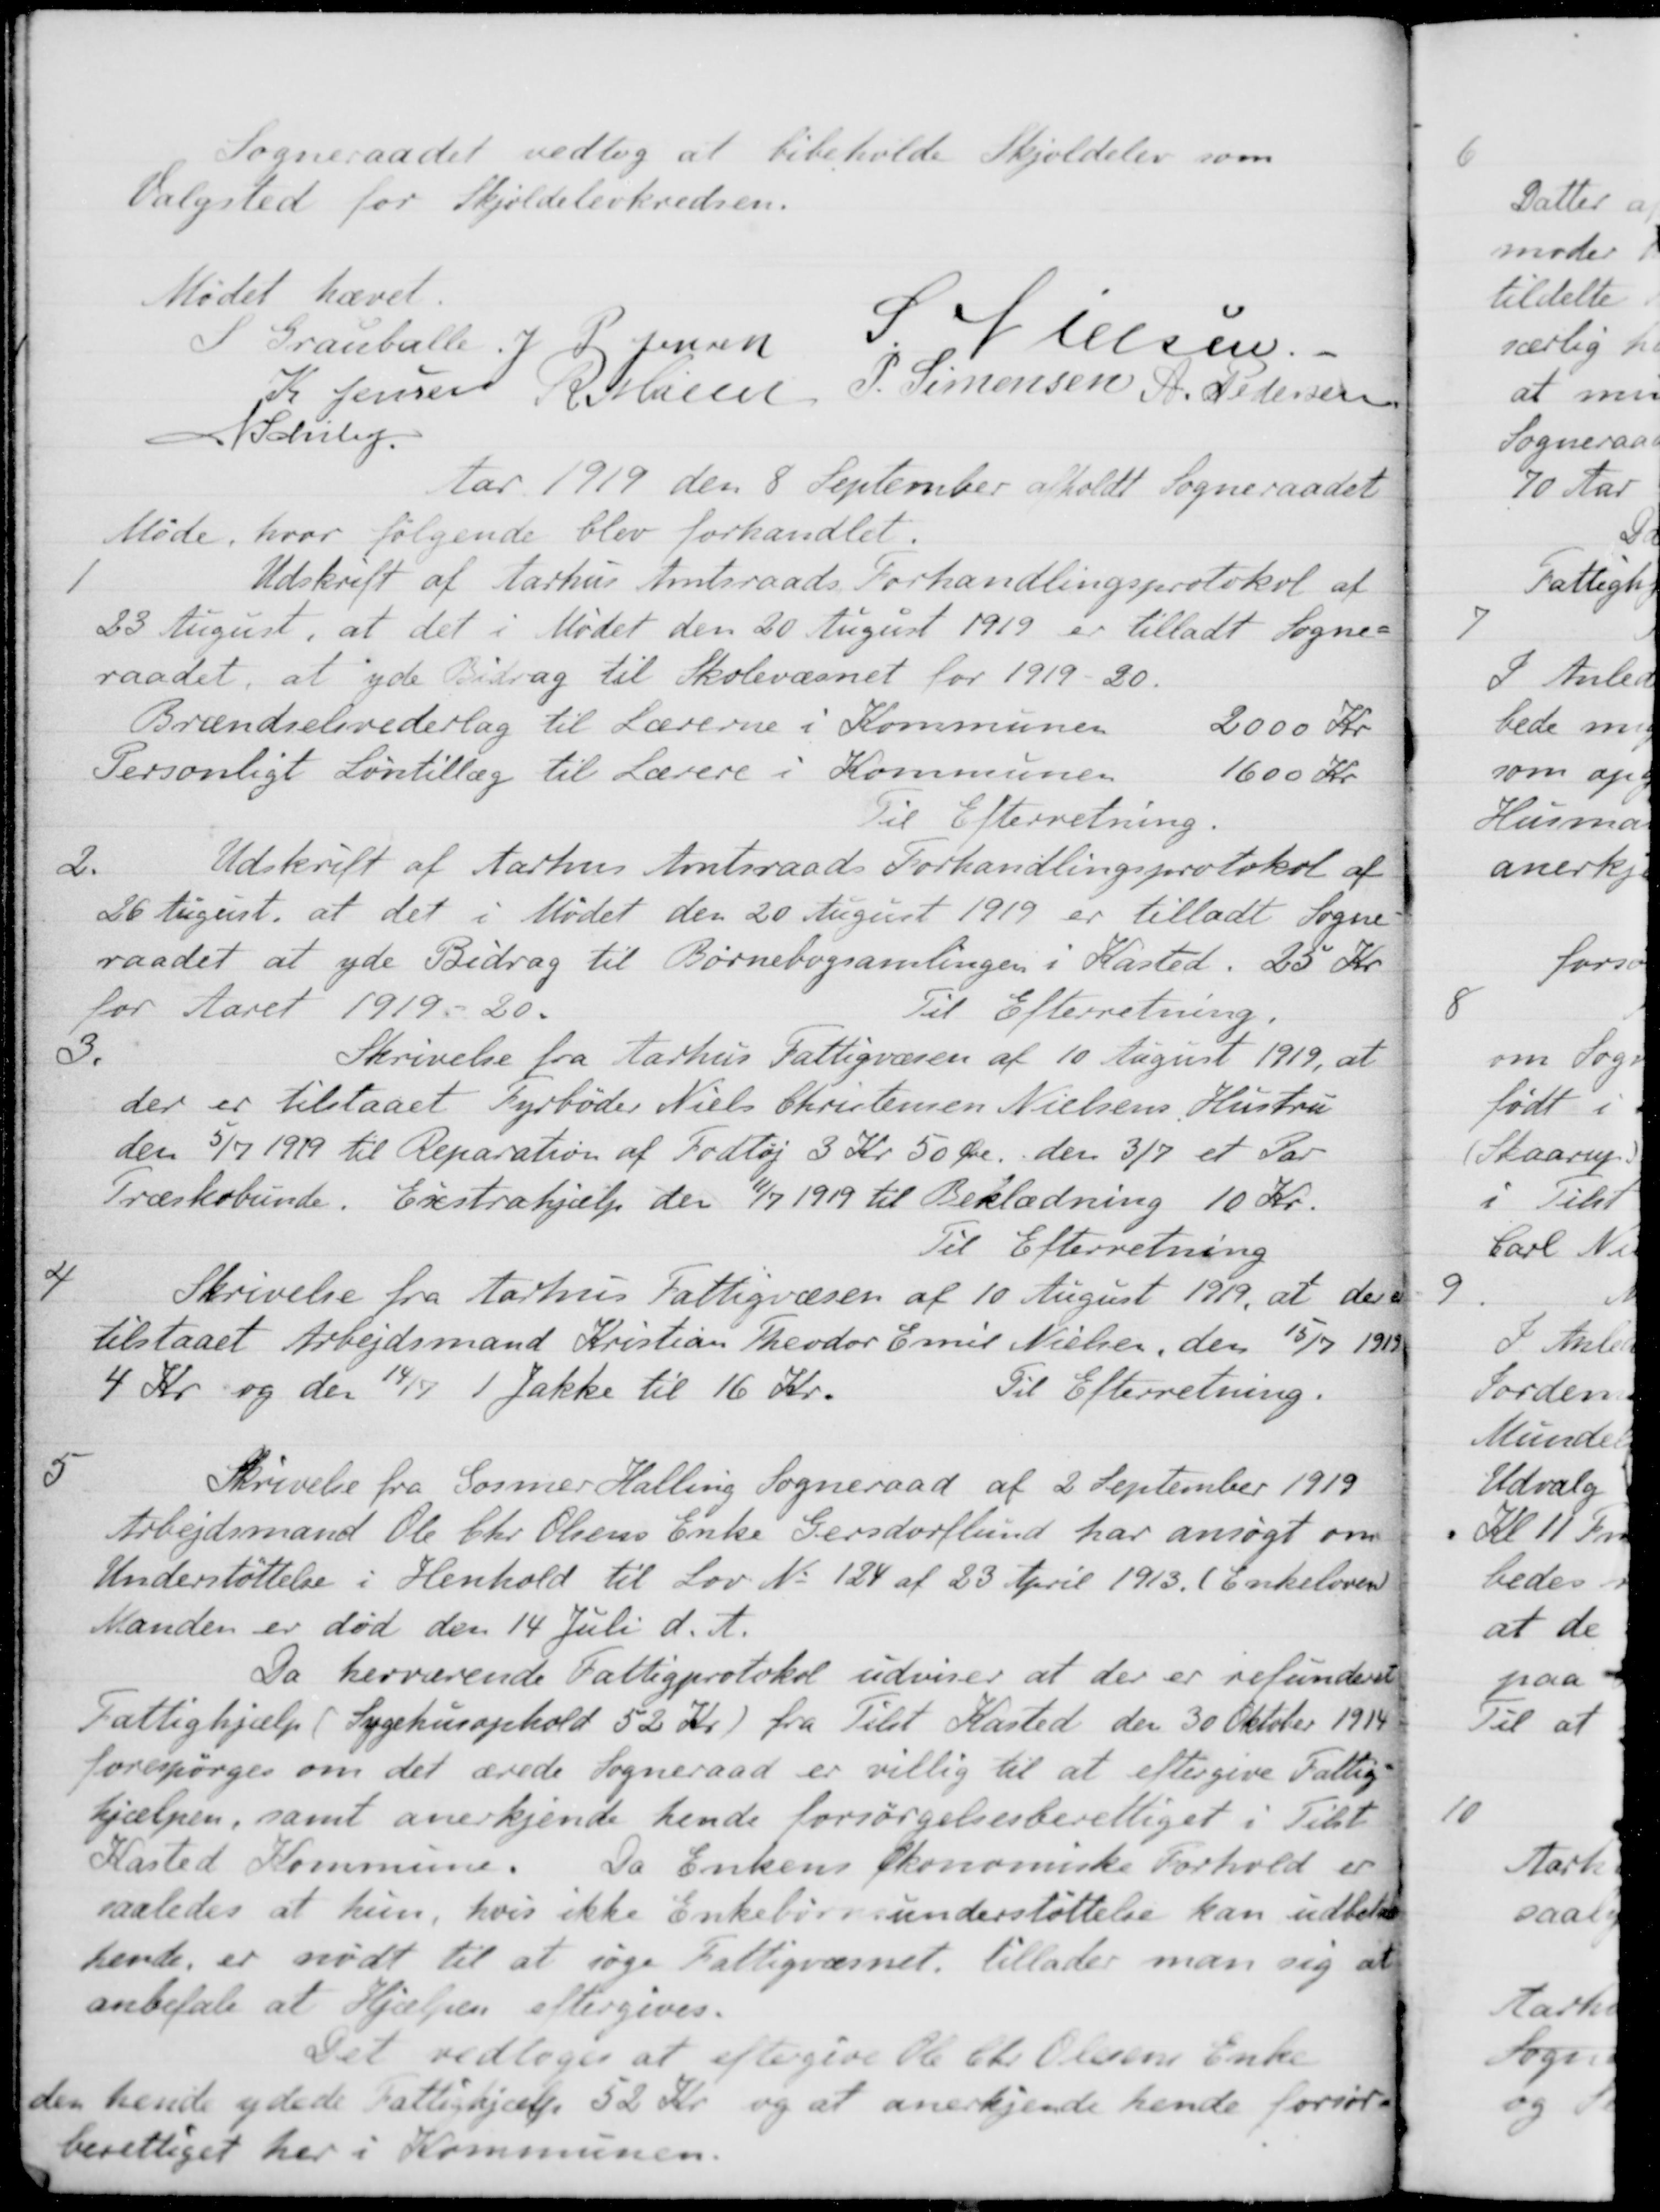
Transskription:
Sogneraadet vedtog at bibeholde Skjoldelev som
Valgsted for Skjoldelevkredsen.
Mødet hævet.
S Grauballe
J P. Jensen
S Nielsen
K Jensen
R. Møller
P. Simonsen
A. Pedersen
N Schiby
Aar 1919 den 8 September afholdt Sogneraadet
Møde, hvor følgende blev forhandlet.
1
Udskrift af Aarhus Amtsraads Forhandlingsprotokol af
23 August, at det i Mødet den 20 August 1919 er tilladt Sogne-
raadet, at yde Bidrag til Skolevæsnet for 1919-20.
Brændselsvederlag til Lærerne i Kommunen 2000 Kr
Personligt Løntillæg til Lærere i Kommunen 1600 Kr
Til Efterretning.
2.
Udskrift af Aarhus Amtsraads Forhandlingsprotokol af
26 August, at det i Mødet den 20 August 1919 er tilladt Sogne-
raadet at yde Bidrag til Børnebogsamlingen i Kasted. 25 Kr.
for Aaret 1919 - 20.
Til Efterretning.
3.
Skrivelse fra Aarhus Fattigvæsen af 10 August 1919, at
der er tilstaaet Fyrbøder Niels Christensen Nielsens Hustru
den 5/7 1919 til Reparation af Fodtøj 3 Kr. 50 Øre den 3/7 et Par
Træskobunde. Exstrahjælp den 11/7 1919 til Beklædning 10 Kr.
Til Efterretning
4
Skrivelse fra Aarhus Fattigvæsen af 10 August 1919, at der er
tilstaaet Arbejdsmand Kristian Theodor Emil Nielsen, den 15/7 1919
4 Kr og den 14/7 1 Jakke til 16 Kr.
Til Efterretning.
5
Skrivelse fra Gosmer Halling Sogneraad af 2 September 1919
Arbejdsmand Ole Chr Olsens Enke Gersdorflund har ansøgt om
Understøttelse i Henhold til Lov No. 124 af 23 April 1913. (Enkeloven)
Manden er død den 14 Juli d. A.
Da herværende Fattigprotokol udviser at der er refunderet
Fattighjælp (Sygehusophold 52 Kr) fra Tilst Kasted den 30 Oktober 1914
forespørges om det ærede Sogneraad er villig til at eftergive Fattig-
hjælpen, samt anerkjende hende forsørgelsesberettiget i Tilst
Kasted Kommune. Da Enkens Økonomiske Forhold er
saaledes at hun, hvis ikke Enkebørnsunderstøttelse kan udbetales
hende, er nødt til at søge Fattigvæsnet tillader man sig at
anbefale at Hjælpen eftergives.
Det vedtoges at eftergive Ole Chr Olesens Enke
den hende ydede Fattighjælp 52 Kr. og at anerkjende hende forsør-
berettiget her i Kommunen.